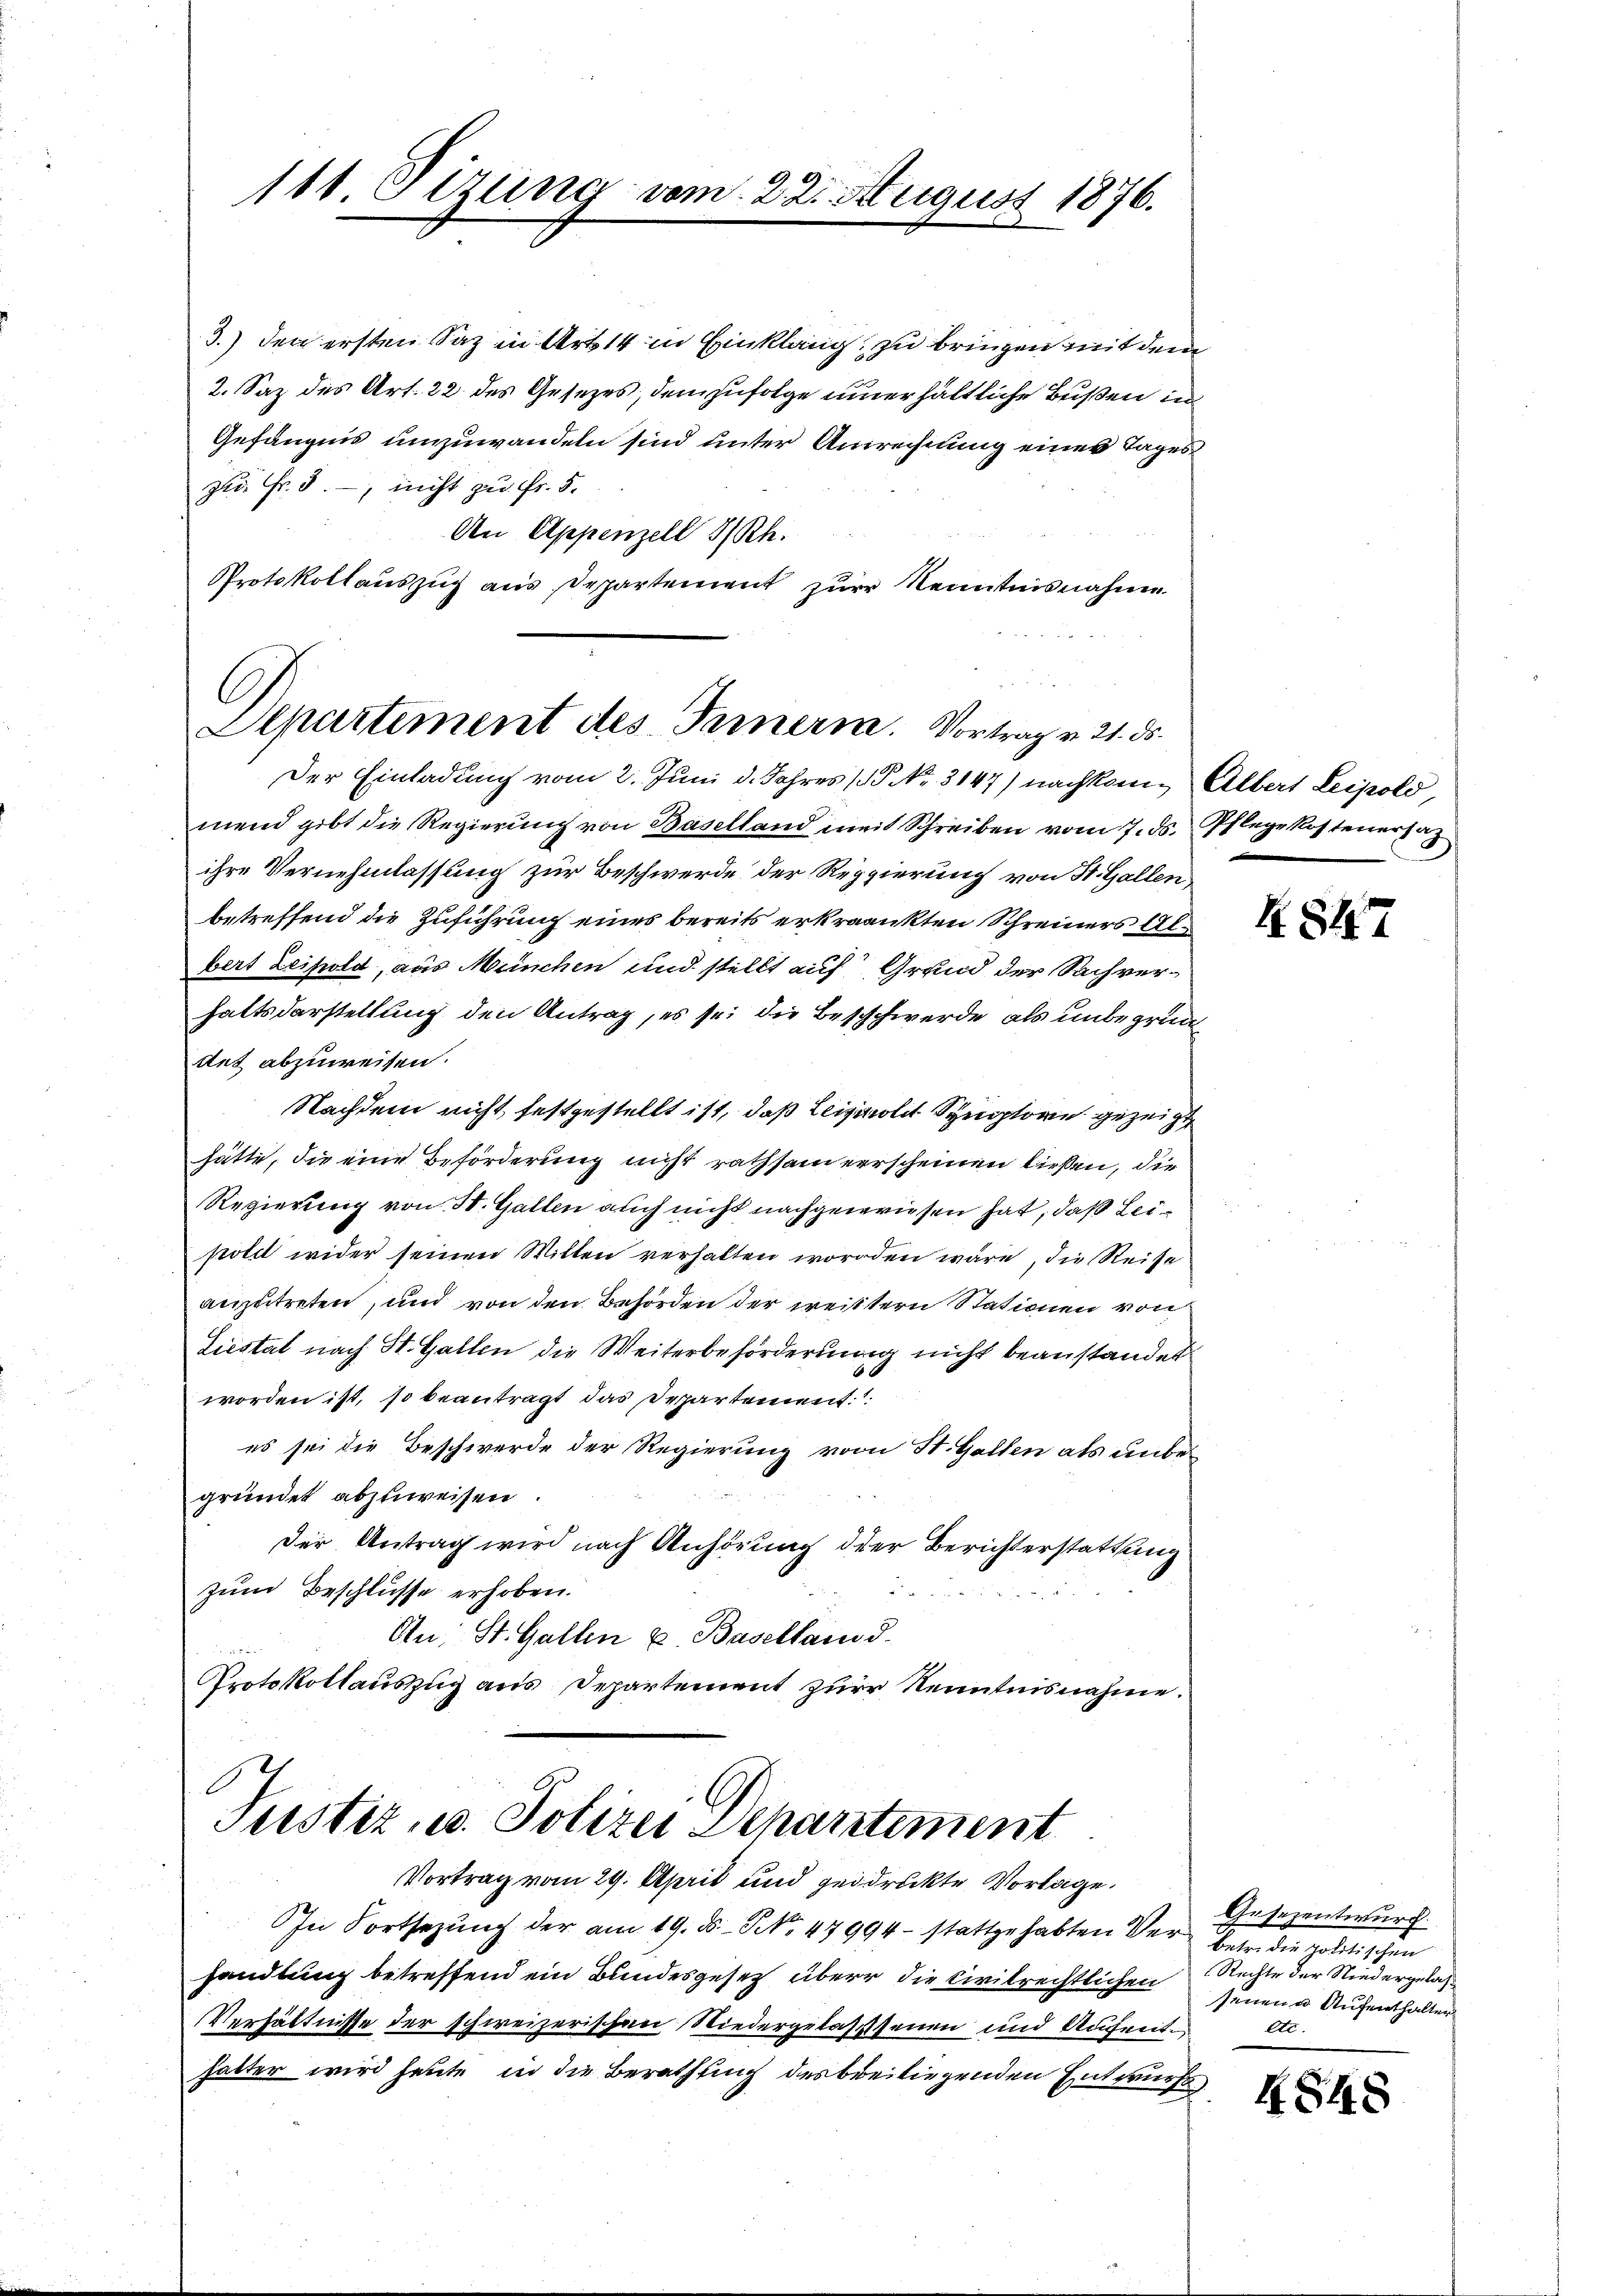
111. Sizung vom 22. August 1876.

Departement des Ternern. Vortrag v. 21. ds.

3.) den ersten Saz in Art 14 in Einklang, zu bringen mit dem
2. Saz des Art. 22 des Gesetzes, demzufolge innerhältliche Bußen in
Gefängnis umzuwandeln sind unter Anrechnung eines Tages
zu. Fr. 3., nicht zu Fr. 5.
An Appenzell I/Rh.
Protokollauszug aus Departement zur Kenntnisnahme
Der Einladung vom 2. Juni d. Jahres P. Nr. 3147) nachkom¬ Albert Leipold,
mend gibt die Regierung von Baselland mit Schreiben vom 7. ds. Pflege Kosteneraz
ihre Vernehmlassung zur Beschwerde der Reggierung von St. Gallenbetreffend die Zuführung eines bereits erkrankten Schreiners Albert Leihold, aus München und stellt auf Grund der Sachverhaltsdarstellung den Antrag, es sei die Beschwerde, als unbegrünttet abzuweisen.
Nachdem nicht festgestellt ist, daß Leisolet Symptore gezeigt
hätte, die eine Beförderung nicht rathsam verscheinen ließen, die
Regierung von 30. Gallen auch nicht nachgewiesen hat, daß Leipolit wider seinen Wilten verhalten worden wäre, die Reise
anzutreten, und von den Behörden der weistern Stationen von
Liestal nach St. Gallen die Weiterbeförderung nicht beanstandet
worden ist, so beantragt das Departement:
es sei die Beschwerde der Regierung von St. Gallen als unbegründet abzuweisen.
der Antrag wird nach Anhörung der Berichterstattung
zum Beschlusse erhoben.
An; St. Gallen u. Baselland.
Protokollauszug aus Departement zur Kenntnisnahme.

Justiz, u. Polizei Departement
Vortrag vom 29. April und gedruckte Vorlage.

In Fortsezung der am 19. ds. - No 47994- stattgehabten Ver- betr. die politischen
handlung betreffend ein Bundesgesetz über die Civilrechtlichen Rechte der Niedergelas¬
Verhältnisse der schweizerischen Wiedergelassenen und Aufreithalter wird heute, in die Berathung des breiliegenden Entwurfs

847

Gesezentwurch
senen Aufenthalter
etc.

4848